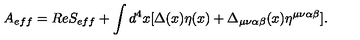
A _ { e f f } = R e S _ { e f f } + \int d ^ { 4 } x [ \Delta ( x ) \eta ( x ) + \Delta _ { \mu \nu \alpha \beta } ( x ) \eta ^ { \mu \nu \alpha \beta } ] .